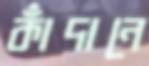
কাঁদানে